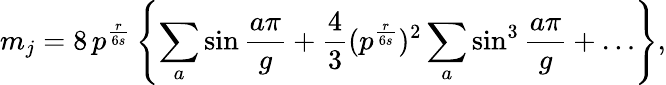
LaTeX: m_{j}=8\, p^{\frac{r}{6s}}\left\{ \sum_{a}\sin\frac{a\pi}{g}+\frac{4}{3}(p^{\frac{r}{6s}})^{2}\sum_{a}\sin^{3}\frac{a\pi}{g}+\ldots\right\} ,